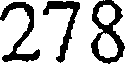
278